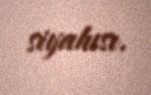
siyahısı.